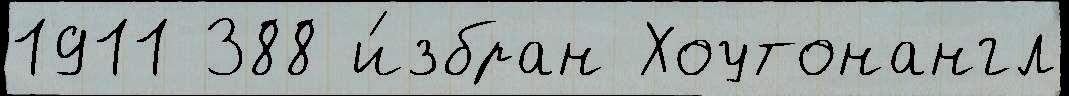
1911 388 и́збран Хоутонангл